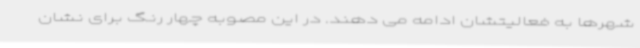
شهرها به فعالیتشان ادامه می دهند. در این مصوبه چهار رنگ برای نشان